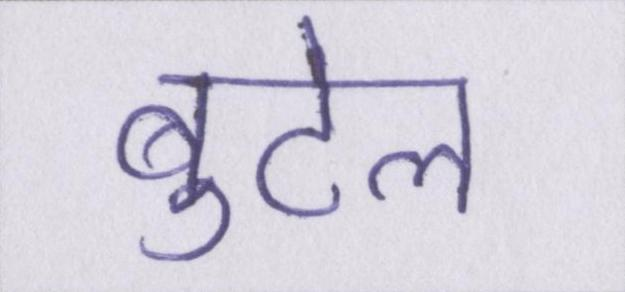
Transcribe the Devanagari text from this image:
बुटेल